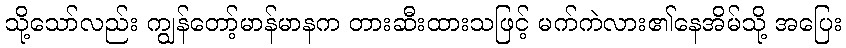
သို့သော်လည်း ကျွန်တော့်မာန်မာနက တားဆီးထားသဖြင့် မက်ကဲလား၏နေအိမ်သို့ အပြေး